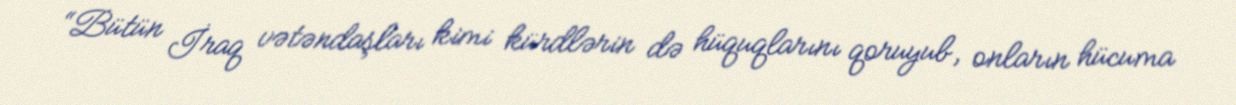
“Bütün İraq vətəndaşları kimi kürdlərin də hüquqlarını qoruyub, onların hücuma